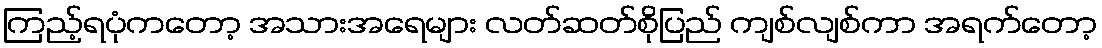
ကြည့်ရပုံကတော့ အသားအရေများ လတ်ဆတ်စိုပြည် ကျစ်လျစ်ကာ အရက်တော့